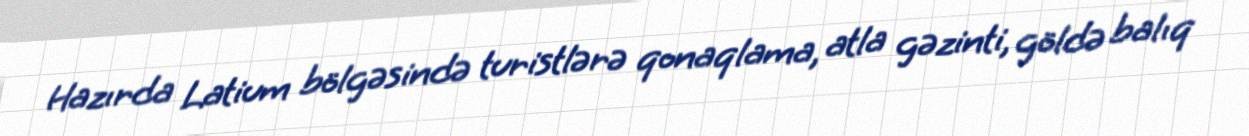
Hazırda Latium bölgəsində turistlərə qonaqlama, atla gəzinti, göldə balıq